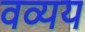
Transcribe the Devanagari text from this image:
वव्यय